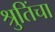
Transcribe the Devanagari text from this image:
श्रुतिंचा